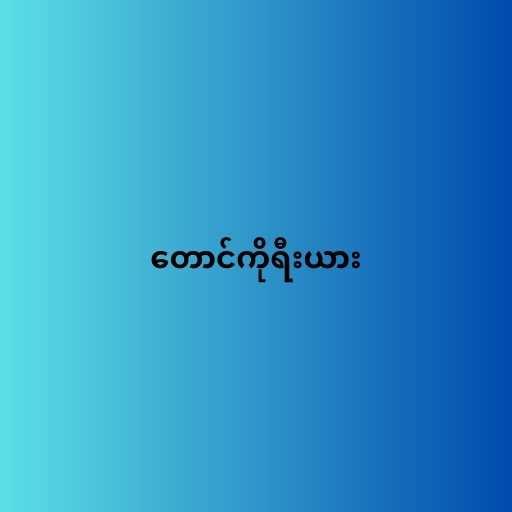
တောင်ကိုရီးယား